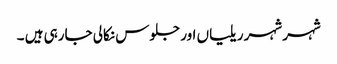
شہر شہر ریلیاں اور جلوس نکالی جارہی ہیں ۔